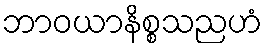
ဘာဝယာနိစ္စသညဟံ